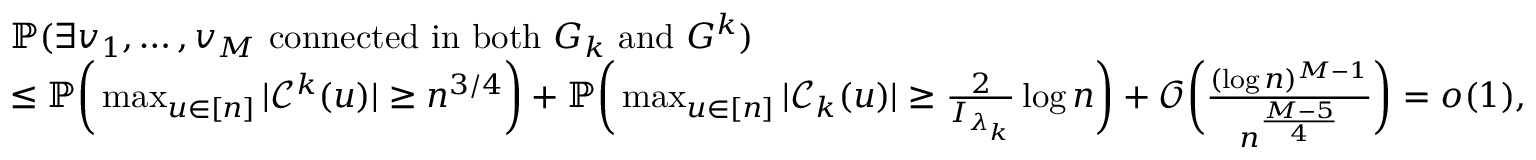
\begin{array} { r l } & { \mathbb P ( \exists v _ { 1 } , \dots , v _ { M } \mathrm { ~ c o n n e c t e d ~ i n ~ b o t h ~ } G _ { k } \mathrm { ~ a n d ~ } G ^ { k } ) } \\ & { \le \mathbb P \bigg ( \operatorname* { m a x } _ { u \in [ n ] } | \mathcal { C } ^ { k } ( u ) | \ge n ^ { 3 / 4 } \bigg ) + \mathbb P \bigg ( \operatorname* { m a x } _ { u \in [ n ] } | \mathcal { C } _ { k } ( u ) | \ge \frac 2 { I _ { \lambda _ { k } } } \log n \bigg ) + \mathcal O \bigg ( \frac { ( \log n ) ^ { M - 1 } } { n ^ { \frac { M - 5 } { 4 } } } \bigg ) = o ( 1 ) , } \end{array}